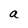
Character: a